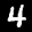
Label: 4